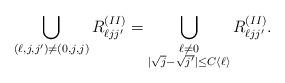
LaTeX: \begin{align*} \bigcup_{(\ell, j, j') \neq (0,j,j)} R_{\ell j j'}^{(II)}= \bigcup_{\begin{subarray}{c} \ell\neq 0 \\ |\sqrt{j} - \sqrt{j'}| \leq C \langle \ell \rangle\end{subarray}} R_{\ell j j'}^{(II)} .\end{align*}